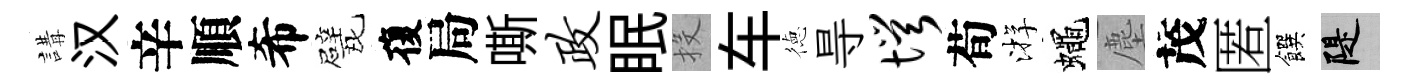
講汉辛順希甓復局嘶政眠投车徳㝵愕荀㳺蠅塵茂匿饌堤